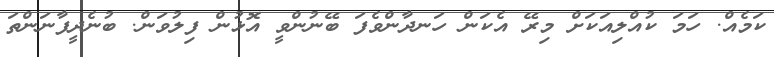
ކަމެއް. ހަމަ ކުއްލިއަކަށް މިރޭ އެކަން ހަނދާންވެފަ ބޭނުންވީ އޮޅުން ފިލުވަން. ބުނެދީފާނަންތަ